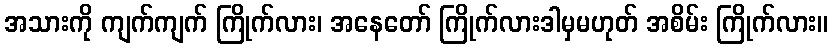
အသားကို ကျက်ကျက် ကြိုက်လား၊ အနေတော် ကြိုက်လားဒါမှမဟုတ် အစိမ်း ကြိုက်လား။